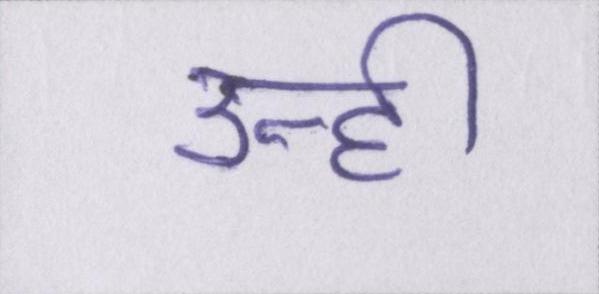
उन्ही